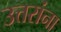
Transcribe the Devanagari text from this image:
उत्तरांना